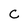
Character: C